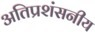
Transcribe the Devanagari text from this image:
अतिप्रशंसनीय